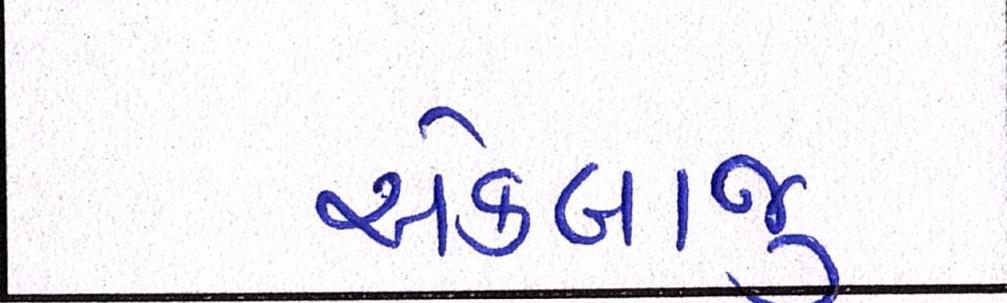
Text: એકબાજુ